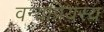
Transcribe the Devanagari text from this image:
वन्यप्रियस्य